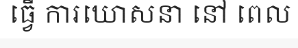
ធ្វើ ការឃោសនា នៅ ពេល